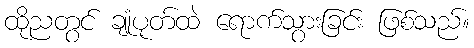
ထိုညတွင် ချုံပုတ်ထဲ ရောက်သွားခြင်း ဖြစ်သည်။